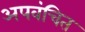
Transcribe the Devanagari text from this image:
अपवंचित